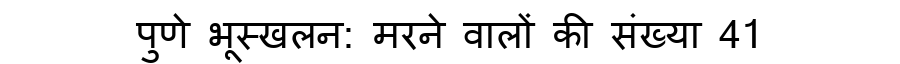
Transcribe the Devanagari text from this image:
पुणे भूस्खलन: मरने वालों की संख्या 41